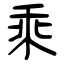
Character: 乘